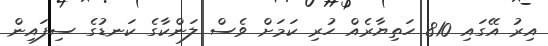
އިރު އޭގައި 810 ހަތިޔާރެއް ހުރި ކަމަށް ވެސް ލަންކާގެ ކަނޑުގެ ސިފައިން